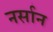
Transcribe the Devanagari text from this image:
नर्सान